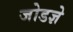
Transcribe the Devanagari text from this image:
जोडज्ञे